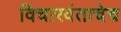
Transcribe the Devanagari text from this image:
विचारवंताचेच